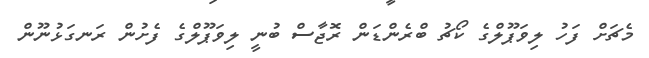
މެޗަށް ފަހު ލިވަޕޫލްގެ ކޯޗު ބްރެންޑަން ރޮޖާސް ބުނީ ލިވަޕޫލްގެ ފެށުން ރަނގަޅުނޫން